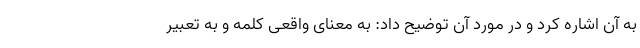
به آن اشاره کرد و در مورد آن توضیح داد: به معنای واقعی کلمه و به تعبیر